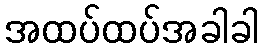
အထပ်ထပ်အခါခါ